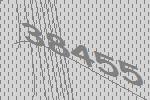
38455